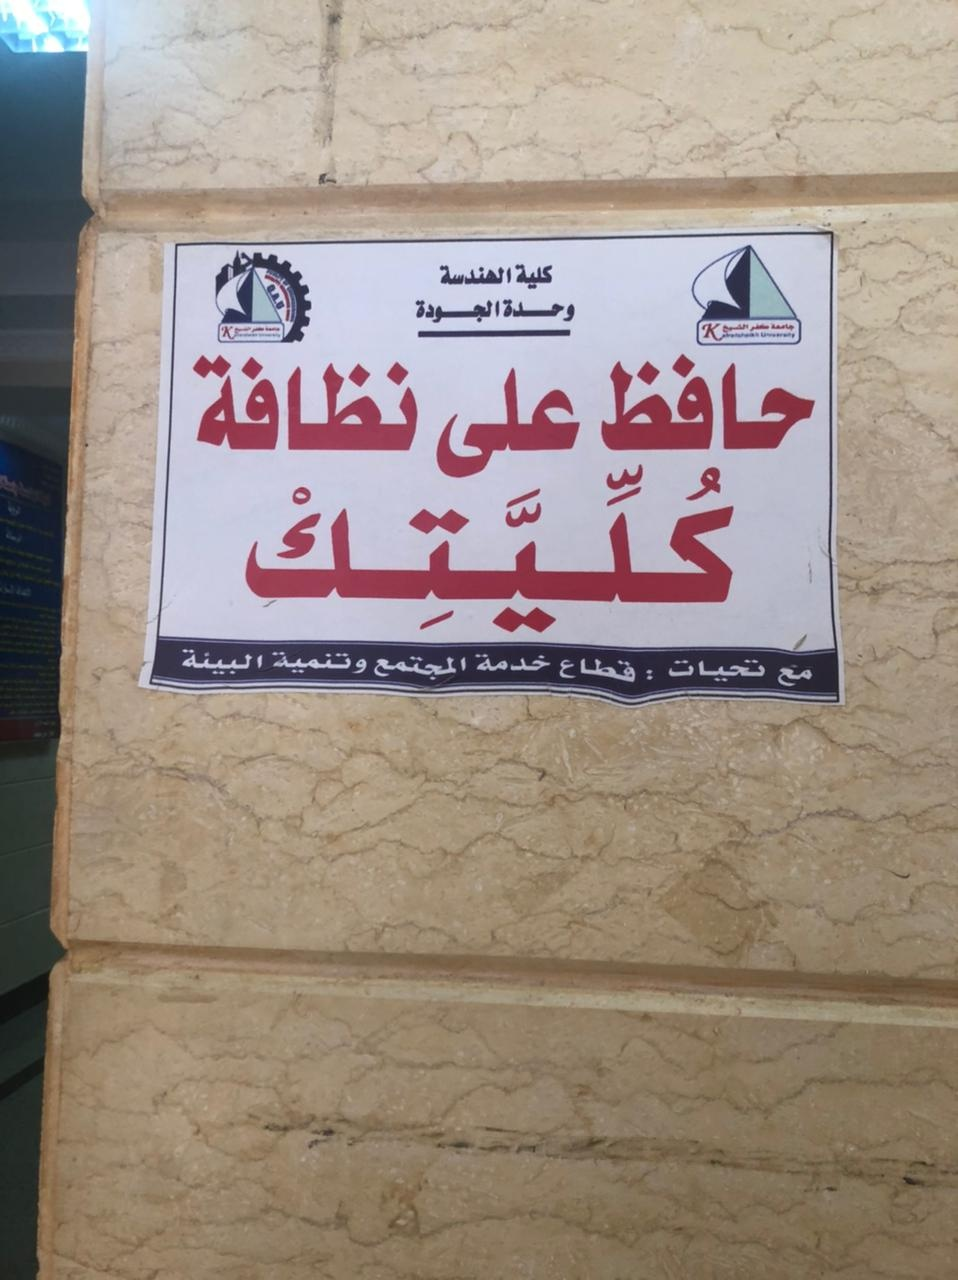
Text in image: الهندسة كلية الجودة وحدة نظافة حافظ على كليتك وتنمية البيئة خدمة المجتمع قطاع تحيات مع